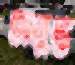
অনুপ্ত